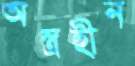
অস্ত্রহীন